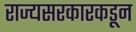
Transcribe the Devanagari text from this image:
राज्यसरकारकडून